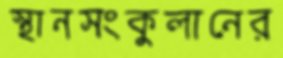
স্থানসংকুলানের